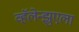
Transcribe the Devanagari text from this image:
व्हॅलेन्झुएला